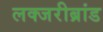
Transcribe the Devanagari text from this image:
लक्जरीब्रांड